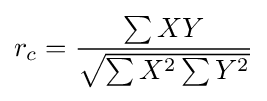
r_{c}={\frac {\sum {XY}}{\sqrt {\sum {X^{2}}\sum {Y^{2}}}}}